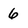
Character: 6